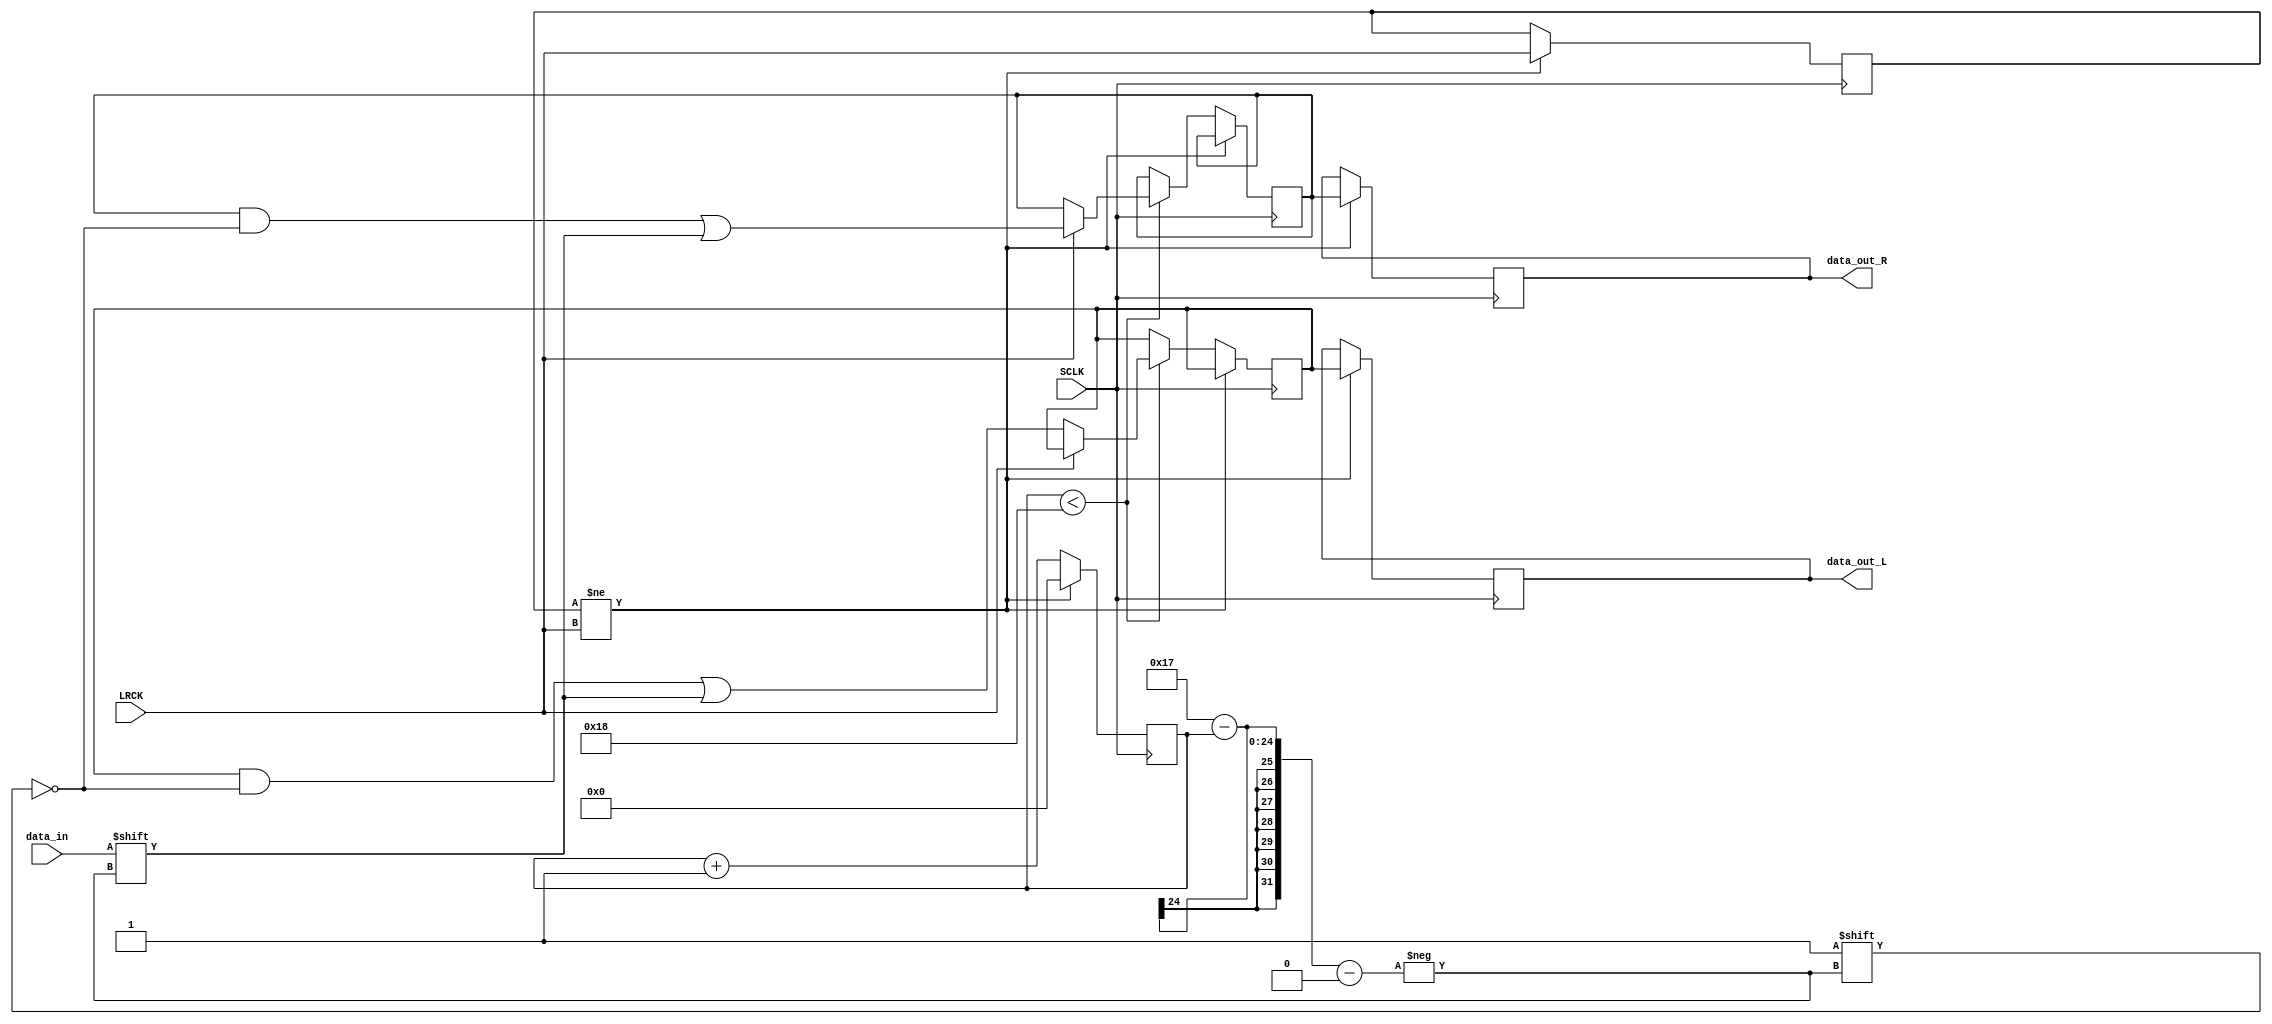
module i2s_decode
	#(parameter RESOLUTION = 24)
(
	input SCLK, LRCK, data_in,
	output reg[RESOLUTION-1:0] data_out_L, data_out_R
);

reg [RESOLUTION-1:0] count;
reg LR;
reg [RESOLUTION-1:0] data_L, data_R;


always @(posedge SCLK)
	begin
		
	count <= count + 1;

	if (LR != LRCK)
		begin
		count <= 0;
		LR <= LRCK;
		data_out_L <= data_L;
		data_out_R <= data_R;
		end
	
	else if (count < RESOLUTION) begin
		if (LRCK == 0)
			data_L[RESOLUTION-1-count] <= data_in;
		else
			data_R[RESOLUTION-1-count] <= data_in;
		end
	
	end
endmodule